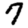
Digit: 7